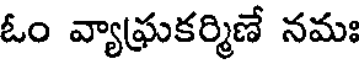
ఓం వ్యాఘ్రకర్మిణే నమః